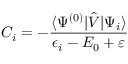
C _ { i } = - \frac { \langle \Psi ^ { ( 0 ) } | \hat { V } | \Psi _ { i } \rangle } { \epsilon _ { i } - E _ { 0 } + \varepsilon }